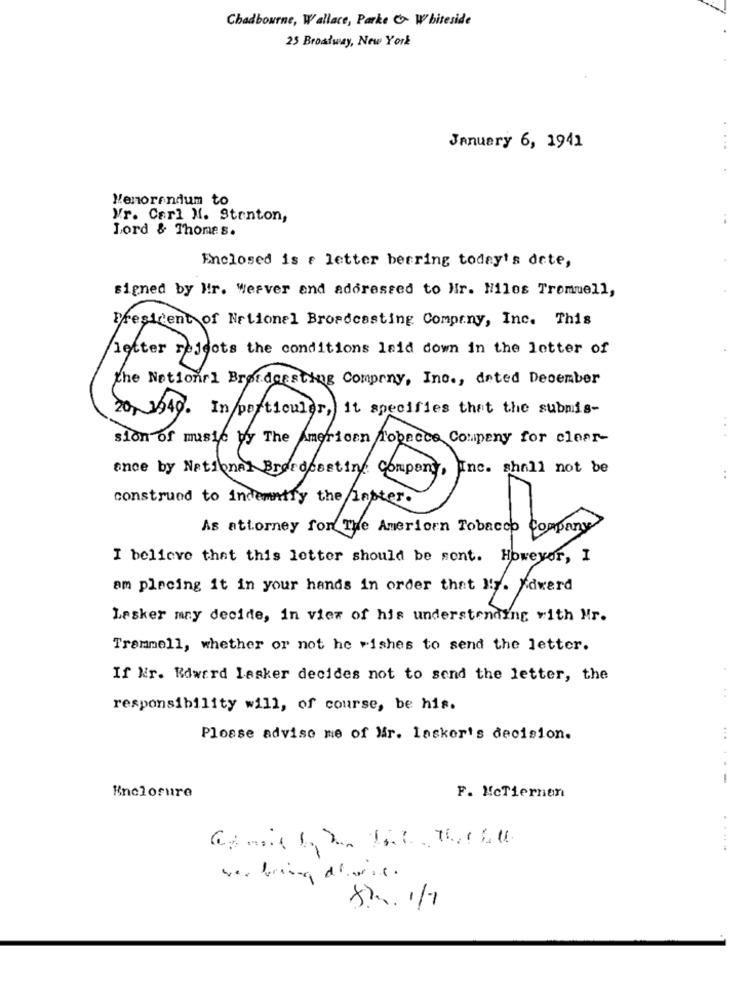
Chadbourne, Wallace, Parke & Whiteside
25 Broadway, New York
January 6, 1941
....
Memorandum to
Vr. Carl M. Stenton,
Lord & Thomes.
Enclosed is f letter berring today's dete,
signed by Mir. Weaver and addressed to Nr. Hilos Trommell,
President of National Broadcasting Company, Inc. This
Letter rejects the conditions laid down in the letter of
the National Broadcasting Comprny, Inc ., dated December
20, 1949. In particular,
1t specifies that the submis-
sion of music by The American Tobacco Company for clear-
...
ance by National Brordessting Company, Inc. shall not be
depony.
construed to indemnify the laster.
As attorney for The Ameriorn Tobacco Company
I believe that this letter should be sent. However, I
am placing it in your hands in order that ly. Xdwerd
Lasker may decide, in view of his understanding with Mr.
Trammell, whether or not he wishes to send the letter.
If Nr. Edward Lesker decides not to send the letter, the
. .
responsibility will, of course, be his.
Please advise me of Mr. Insker's decision.
--
Enclosure
F. McTiernen
.....
wer bring d'aix.
8h 1/1